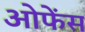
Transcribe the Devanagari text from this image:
ओफेंस